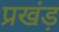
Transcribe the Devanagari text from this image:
प्रखंड़